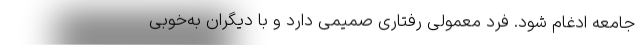
جامعه ادغام شود. فرد معمولی رفتاری صمیمی دارد و با دیگران به‌خوبی